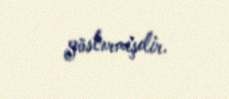
göstərmişdir.